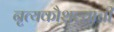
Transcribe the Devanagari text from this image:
नृत्यकौशल्याची